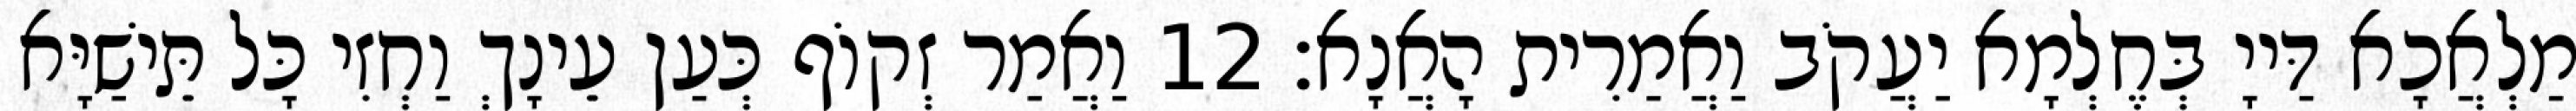
מַלְאֲכָא דַּייָ בְּחֶלְמָא יַעֲקֹב וַאֲמַרִית הָאֲנָא׃ 12 וַאֲמַר זְקוֹף כְּעַן עֵינָךְ וַחְזִי כָּל תֵּישַׁיָּא